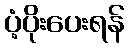
ပံ့ပိုးပေးရန်